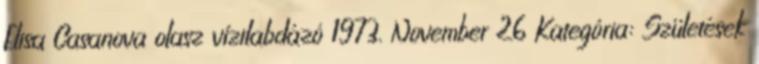
Elisa Casanova olasz vízilabdázó 1973. November 26 Kategória: Születések